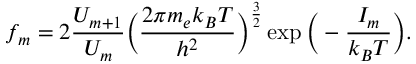
f _ { m } = 2 \frac { U _ { m + 1 } } { U _ { m } } \Big ( \frac { 2 \pi m _ { e } k _ { B } T } { h ^ { 2 } } \Big ) ^ { \frac { 3 } { 2 } } \exp \Big ( - \frac { I _ { m } } { k _ { B } T } \Big ) .